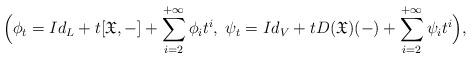
LaTeX: \begin{align*}\Big(\phi_t=Id_L+t[\mathfrak{X},-]+\sum_{i=2}^{+\infty}\phi_it^{i},\;\psi_t=Id_V+tD(\mathfrak{X})(-)+\sum_{i=2}^{+\infty}\psi_it^{i}\Big),\end{align*}